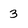
Character: 3